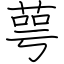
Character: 萼